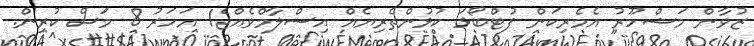
ޒުވާން މަޝްހޫރު އެމެރިކަން ފުޓްބޯޅަ ކުޅުންތެރިޔެއް އިސްލާމްވެއްޖެ1 އަހަރު 8 މަސް ކުރިން.